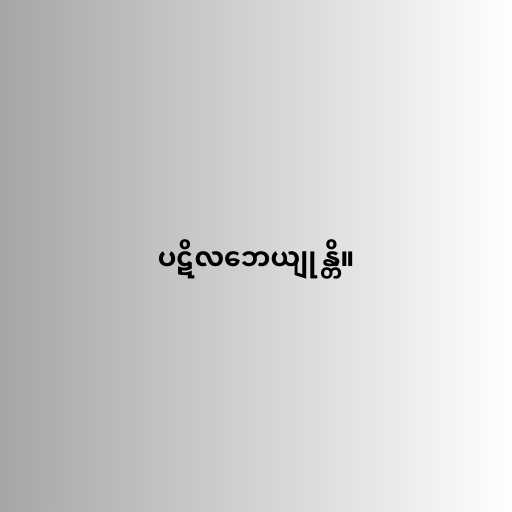
ပဋိလဘေယျုန္တိ။